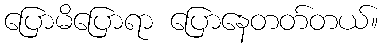
ပြောမိပြောရာ ပြောနေတတ်တယ်။